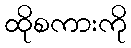
ထိုစကားကို